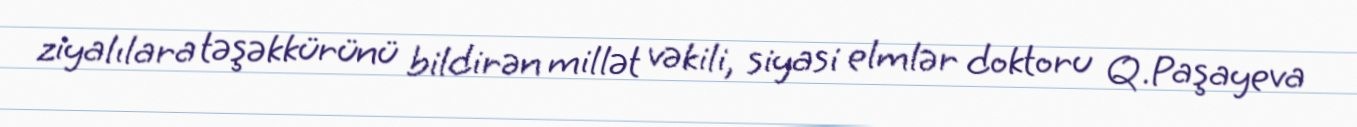
ziyalılara təşəkkürünü bildirən millət vəkili, siyasi elmlər doktoru Q.Paşayeva